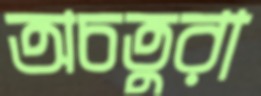
অচতুরা